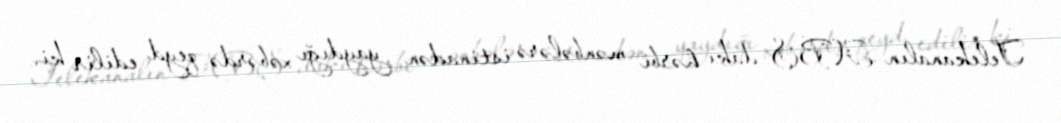
Telekanalın ABŞ-dakı hərbi mənbələrə istinadən yaydığı xəbərdə qeyd edilir ki,